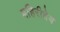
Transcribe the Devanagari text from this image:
बहिरीदेव